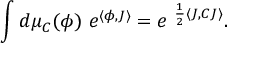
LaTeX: \int d \mu _ { C } ( \phi ) \ e ^ { \langle \phi , J \rangle } = e ^ { \ \frac { 1 } { 2 } \langle J , C J \rangle } .